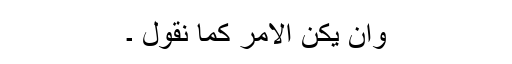
وان يكن الامر كما نقول ۔